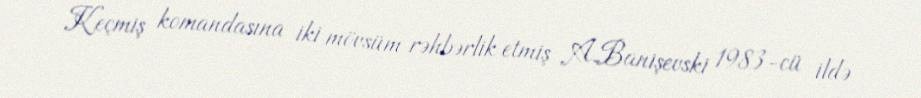
Keçmiş komandasına iki mövsüm rəhbərlik etmiş A.Banişevski 1983-cü ildə